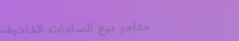
متاجر بيع الساعات الفاخرة